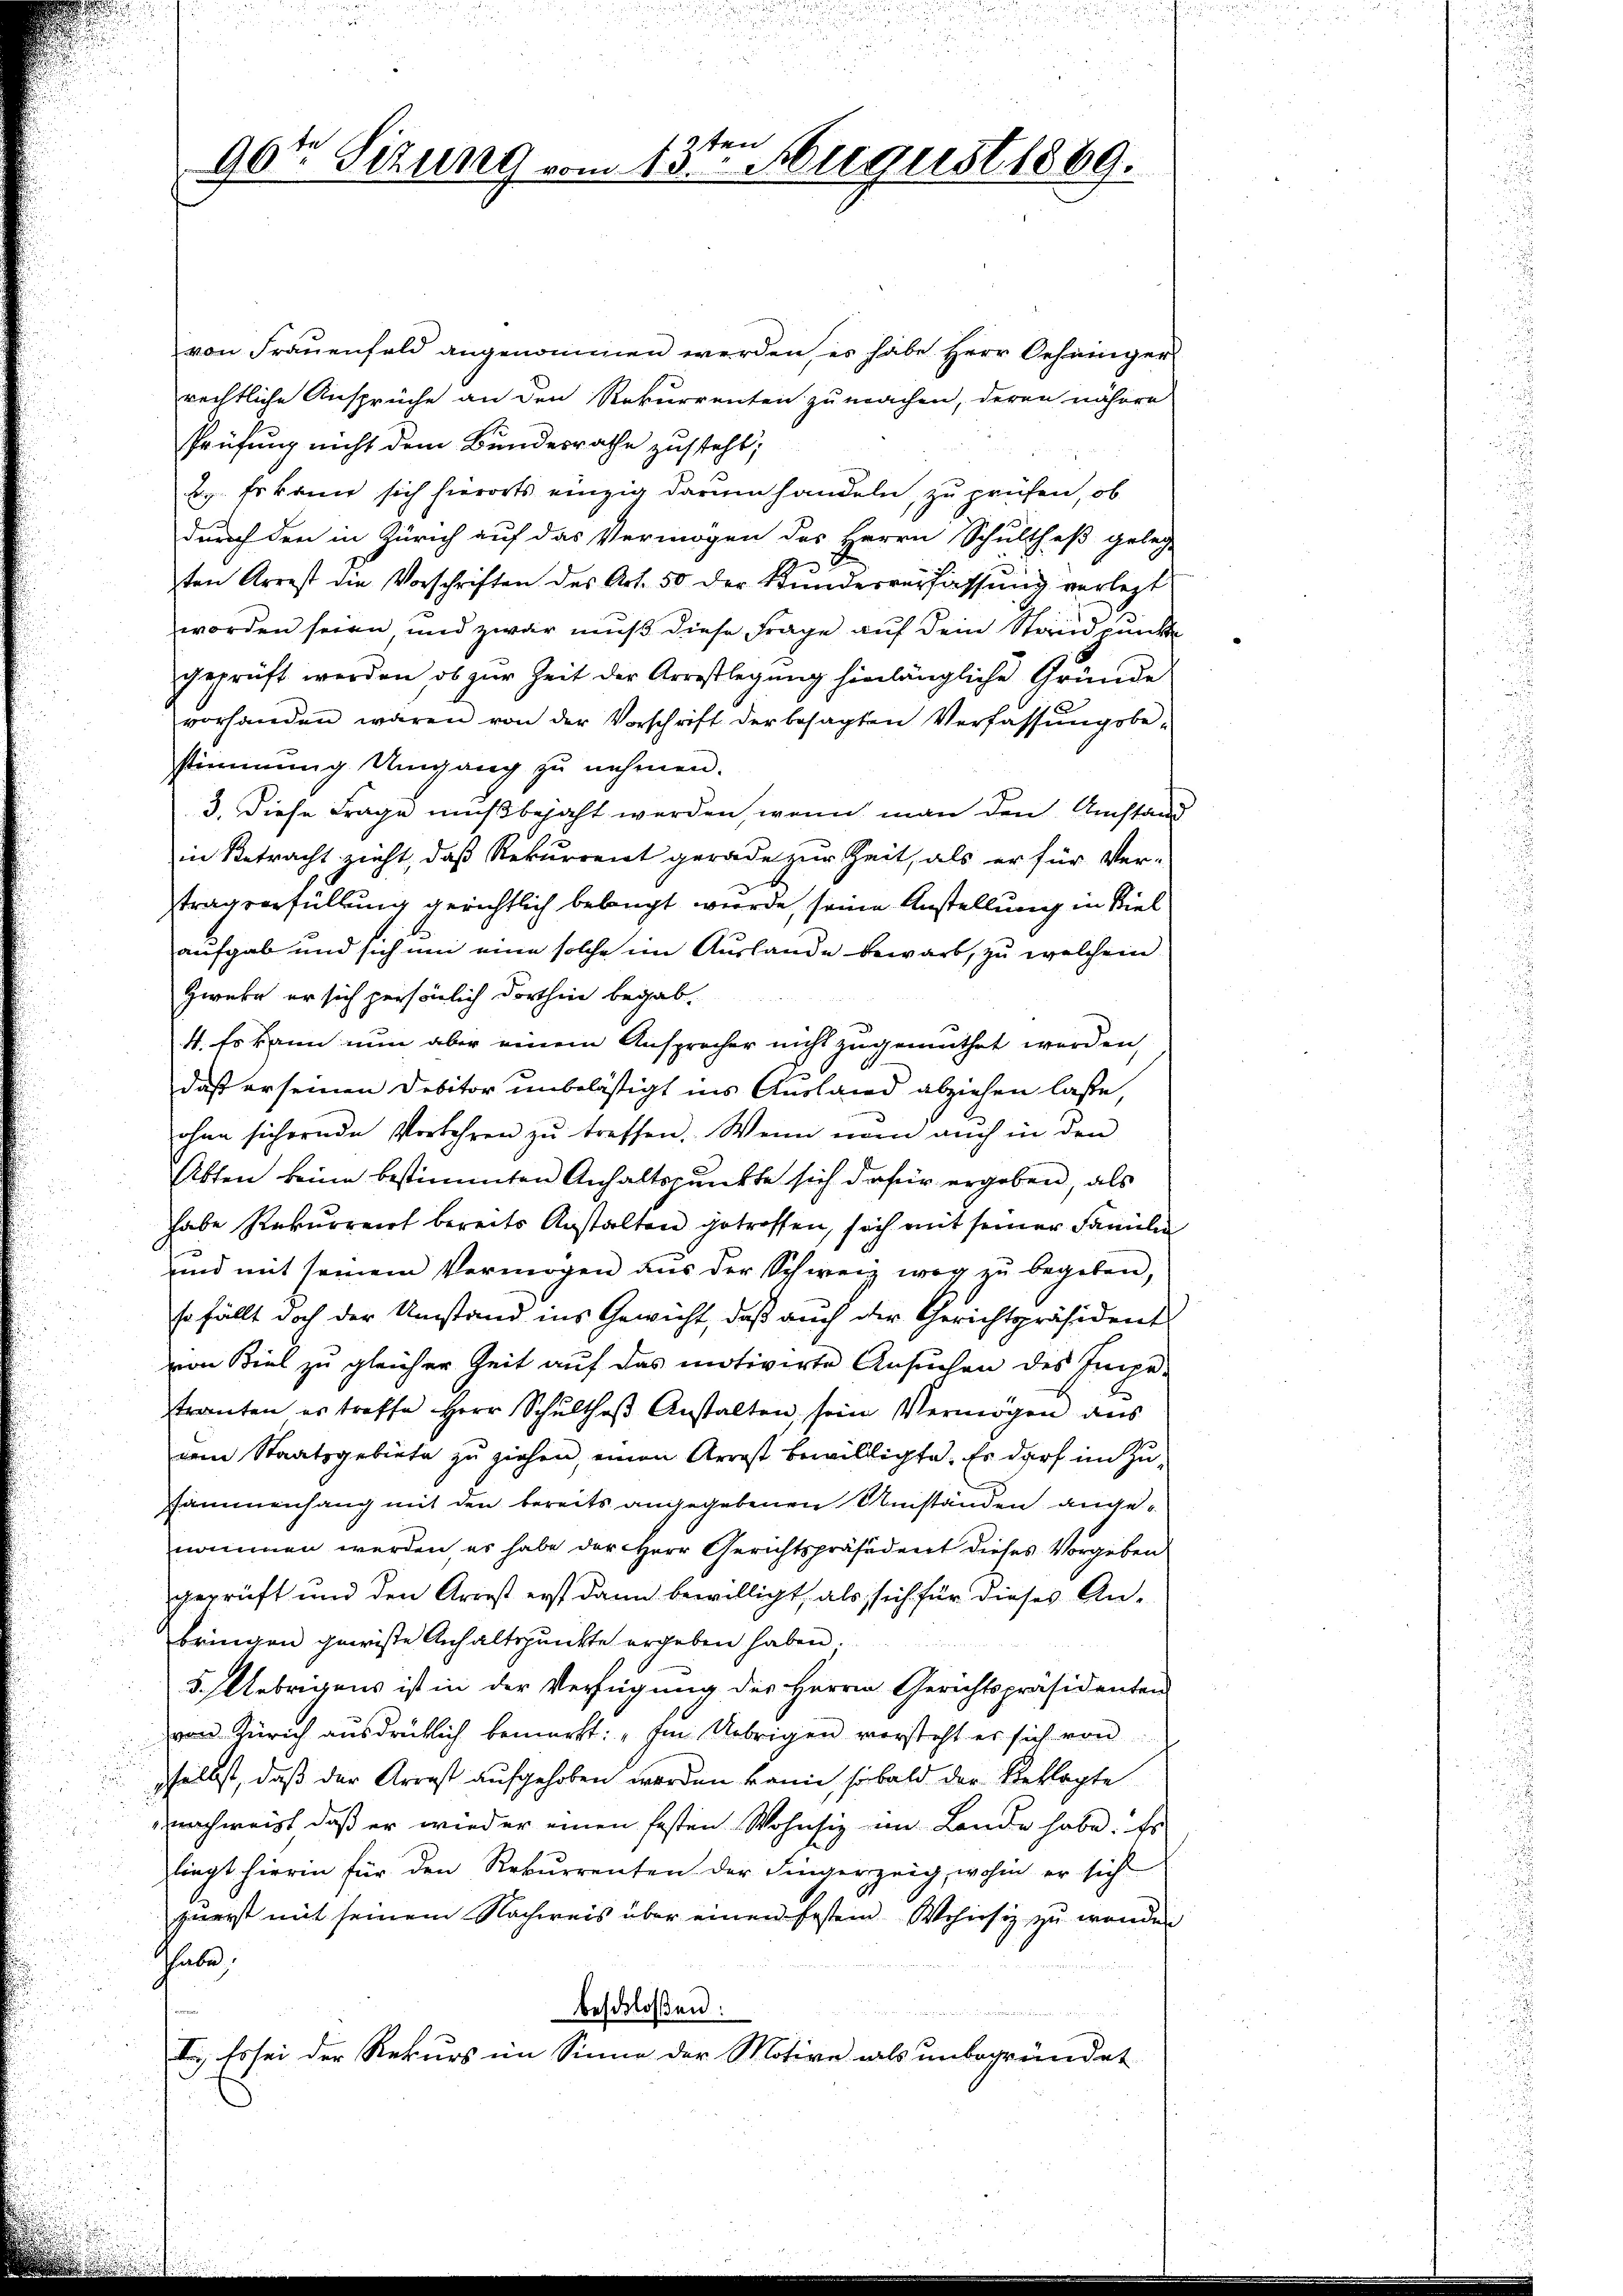
ten
90te Sizung vom 13. August 1889.

von Frauenfeld angenommen werden, es habe Herr Oehninger
rechtliche Ansprüche an den Rekurrenten zu machen, deren nähere
Prüfung nicht dem Bundesrathe zusteht;
B. Er kann sich hierorts einzig darum handeln, zu prüfen, ob
durch den in Zürich auf das Vermögen des Herrn Schultheß geleg
ten Arrest die Vorschriften des Art. 50 der Kundesverfassŭng verlegt
worden seien und zwar muß diese Frage auf dem Standpunkte
geprüft werden, ob zŭr Zeit der Arrestlegŭng hinlängliche Gründe
vorhanden waren von der Vorschrift der besagten Verfassŭngsbe-
stimmung Umgang zu nehmen.
3. Diese Frage muß bejaht werden, wenn man den Umstand
in Betracht zieht, daß Rekurrent gerade zur Zeit, als er für Ver-
tragserfüllung gerichtlich belangt wurde, seine Anstellung in Viel
aufgab und sich um eine solche im Auslande bewarb, zu welchem
Zweke er sich persönlich dorthin begab.
4. Es kann nun aber einem Ansprocher nicht zugemuthet werden,
daß er seinen Debitor unbelästigt ins Ausland abziehen lasse,
ohne sichernde Vorkehren zŭ treffen. Wenn man auch in den
Abten keine bestimmten Anhaltspunkte sich dafür ergeben, als
habe Rekurrent bereits Anstalten getroffen, sich mit seiner Familie
und mit seinem Vermögen aŭs der Schweiz weg zŭ begeben,
so fällt doch der Umstand ins Gewicht, daß auch der Gerichtspräsident
von Biel zu gleicher Zeit aŭf das motivirte Ansŭchen des Impe-
tranten es treffe Herr Schulthoβ Anstalten, sein Vermögen aus
dem Staatsgebiete zu ziehen, einen Arrest bewilligte. Es darf im Zussammenhang mit den bereits angegebenen Umständen angenommen werden, es habe der Herr Gerichtspräsident dieses Vorgeben
geprüft und den Arrest erst dann bewilligt, als sich für dieses Anbringen gewisse Anhaltspunkte ergeben haben.
5. Uebrigens ist in der Verfügung des Herrn Gerichtspräsidenten
von Zürich ausdrüklich bemerkt: „Im Uebrigen vorsteht er sich von
sselbst, daß der Arrest aufgehoben werden kann, sobald der Beklagte
nachweist, daß er wieder einen festen Wohnsiz im Lande habe. Er
lingt hierin für den Rekurrenten der Fingerzeig, wohin er sich
zuerst mit seinem Nachweis über einen fester Wohnsiz zu wenden
hhabe
beschloßen:
I. Es sei der Rekurs im Sinne der Motive als unbegründet